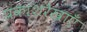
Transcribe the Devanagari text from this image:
प्रकाशरेखाएँ